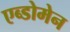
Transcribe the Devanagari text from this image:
एब्डोमेन